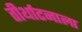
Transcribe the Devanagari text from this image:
तीर्थाटनाला